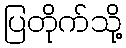
ပြတိုက်သို့